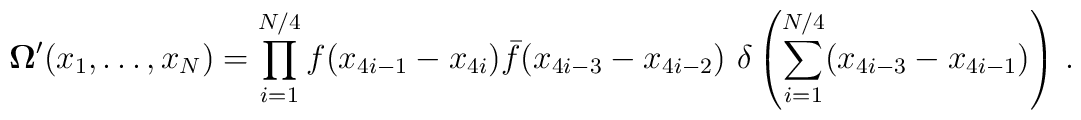
{\bf \Omega}^\prime (x_1, \ldots , x_N)=\prod _{i=1}^{N/4} f(x_{4i-1}-x_{4i})\bar f(x_{4i-3}-x_{4i-2})\,  \, \delta \left (\sum _{i=1}^{N/4}(x_{4i-3}-x_{4i-1})\right ) \, .\nonumber